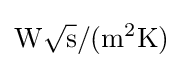
{\rm {W}}{\sqrt {\rm {s}}}/({\rm {m^{2}K}})